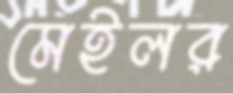
মেইলর